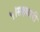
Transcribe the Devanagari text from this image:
५।सहकारी